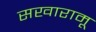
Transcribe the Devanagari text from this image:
सखारामू